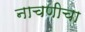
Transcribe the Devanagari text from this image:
नाचणीचा